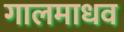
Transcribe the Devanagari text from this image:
गालमाधव